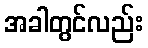
အခါတွင်လည်း